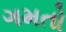
ગમતો